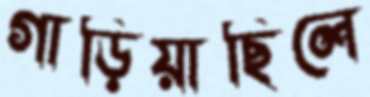
গাড়িয়াছিলে